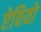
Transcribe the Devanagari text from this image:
ऐवियो